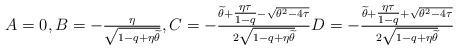
LaTeX: \begin{align*} A=0, B=-\tfrac{\eta}{\sqrt{1-q+\eta\widetilde{\theta}}},C=-\tfrac{\widetilde{\theta}+\tfrac{\eta\tau}{1-q}-\sqrt{\theta^2-4\tau}}{2\sqrt{1-q+\eta\widetilde{\theta}}} D=-\tfrac{\widetilde{\theta}+\tfrac{\eta\tau}{1-q}+\sqrt{\theta^2-4\tau}}{2\sqrt{1-q+\eta\widetilde{\theta}}}\end{align*}